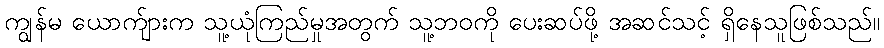
ကျွန်မ ယောက်ျားက သူ့ယုံကြည်မှုအတွက် သူ့ဘဝကို ပေးဆပ်ဖို့ အဆင်သင့် ရှိနေသူဖြစ်သည်။